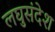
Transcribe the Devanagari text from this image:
लघुसंदेश